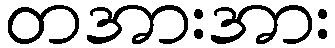
တအားအား